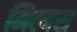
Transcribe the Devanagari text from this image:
मिल्वस